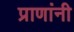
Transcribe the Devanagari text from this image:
प्राणांनी